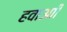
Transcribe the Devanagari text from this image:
हवाआी